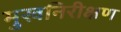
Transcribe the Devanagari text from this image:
मुखनिरीक्षण